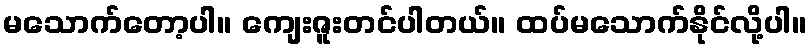
မသောက်တော့ပါ။ ကျေးဇူးတင်ပါတယ်။ ထပ်မသောက်နိုင်လို့ပါ။